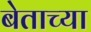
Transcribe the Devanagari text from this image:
बेताच्या